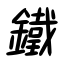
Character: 鐵